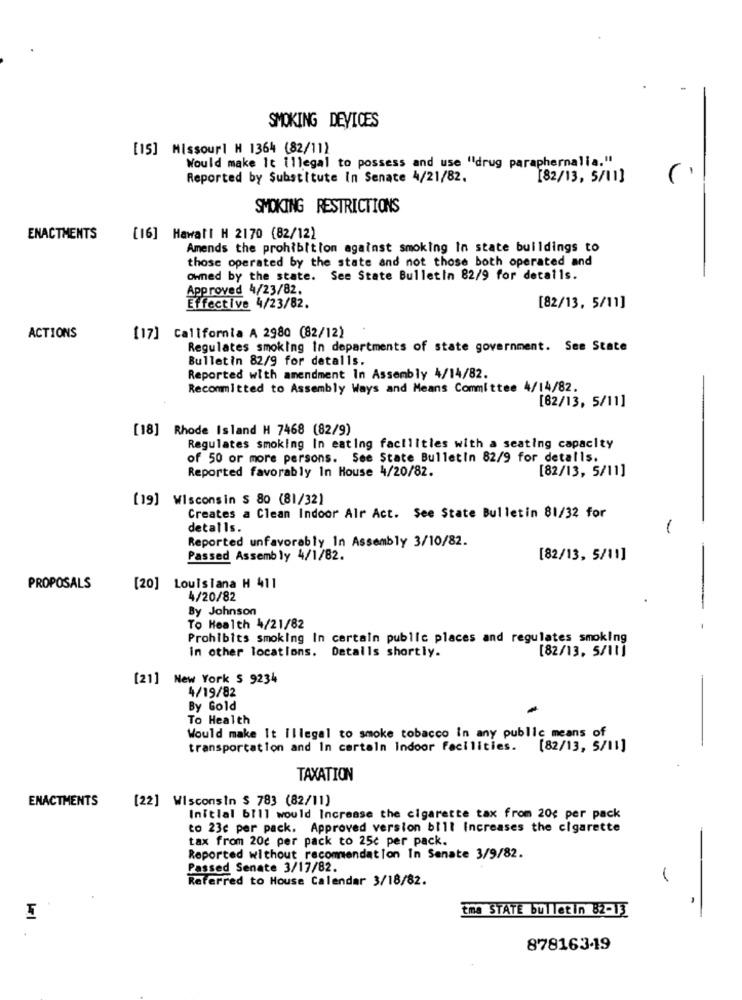
-
SMOKING DEVICES
[15] Missour] H 1364 (82/11)
Would make It illegal to possess and use "drug paraphernalia."
Reported by Substitute In Senate 4/21/82.
[82/13, 5/11]
SMOKING RESTRICTIONS
ENACTMENTS
[16] Hawall H 2170 (82/12)
Amends the prohibition against smoking In state buildings to
those operated by the state and not those both operated and
owned by the state. See State Bulletin 82/9 for details.
Approved 4/23/82.
Effective 4/23/82.
[82/13, 5/11]
ACTIONS
[17] California A 2980 (82/12)
Regulates smoking In departments of state government. See State
Bulletin 82/9 for detalls.
Reported with amendment In Assembly 4/14/82.
Recommitted to Assembly Ways and Means Committee 4/14/82.
[82/13, 5/11]
[18] Rhode Island H 7468 (82/9)
Regulates smoking In eating facilities with a seating capacity
of 50 or more persons. See State Bulletin 82/9 for detalls.
Reported favorably In House 4/20/82.
[82/13, 5/11]
[19] Wisconsin $ 80 (81/32)
Creates a Clean Indoor Air Act. See State Bulletin 81/32 for
detalls.
1
Reported unfavorably In Assembly 3/10/82.
Passed Assembly 4/1/82.
[82/13, 5/11]
PROPOSALS
[20] Louisiana H 411
4/20/82
By Johnson
-
To Health 4/21/82
Prohibits smoking In certain public places and regulates smoking
in other locations. Detalls shortly.
[82/13. 5/11]
[21] New York S 9234
4/19/82
By Gold
To Health
Would make It Illegal to smoke tobacco in any public means of
transportation and In cartaln Indoor facilities. [82/13, 5/11]
TAXATION
ENACTMENTS
[22] Wisconsin $ 783 (82/11)
Initial bill would Increase the cigarette tax from 20€ per pack
to 23c per pack. Approved version bill Increases the cigarette
tax from 20c per pack to 25c per pack.
Reported without recommendation In Senate 3/9/82.
Passed Senate 3/17/82.
Referred to House Calendar 3/18/82.
Ema STATE bulletin 82-13
-
I
878163-19